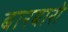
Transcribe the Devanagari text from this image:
बारबारो